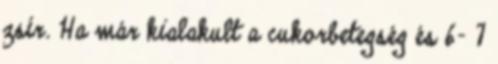
zsír. Ha már kialakult a cukorbetegség és 6- 7